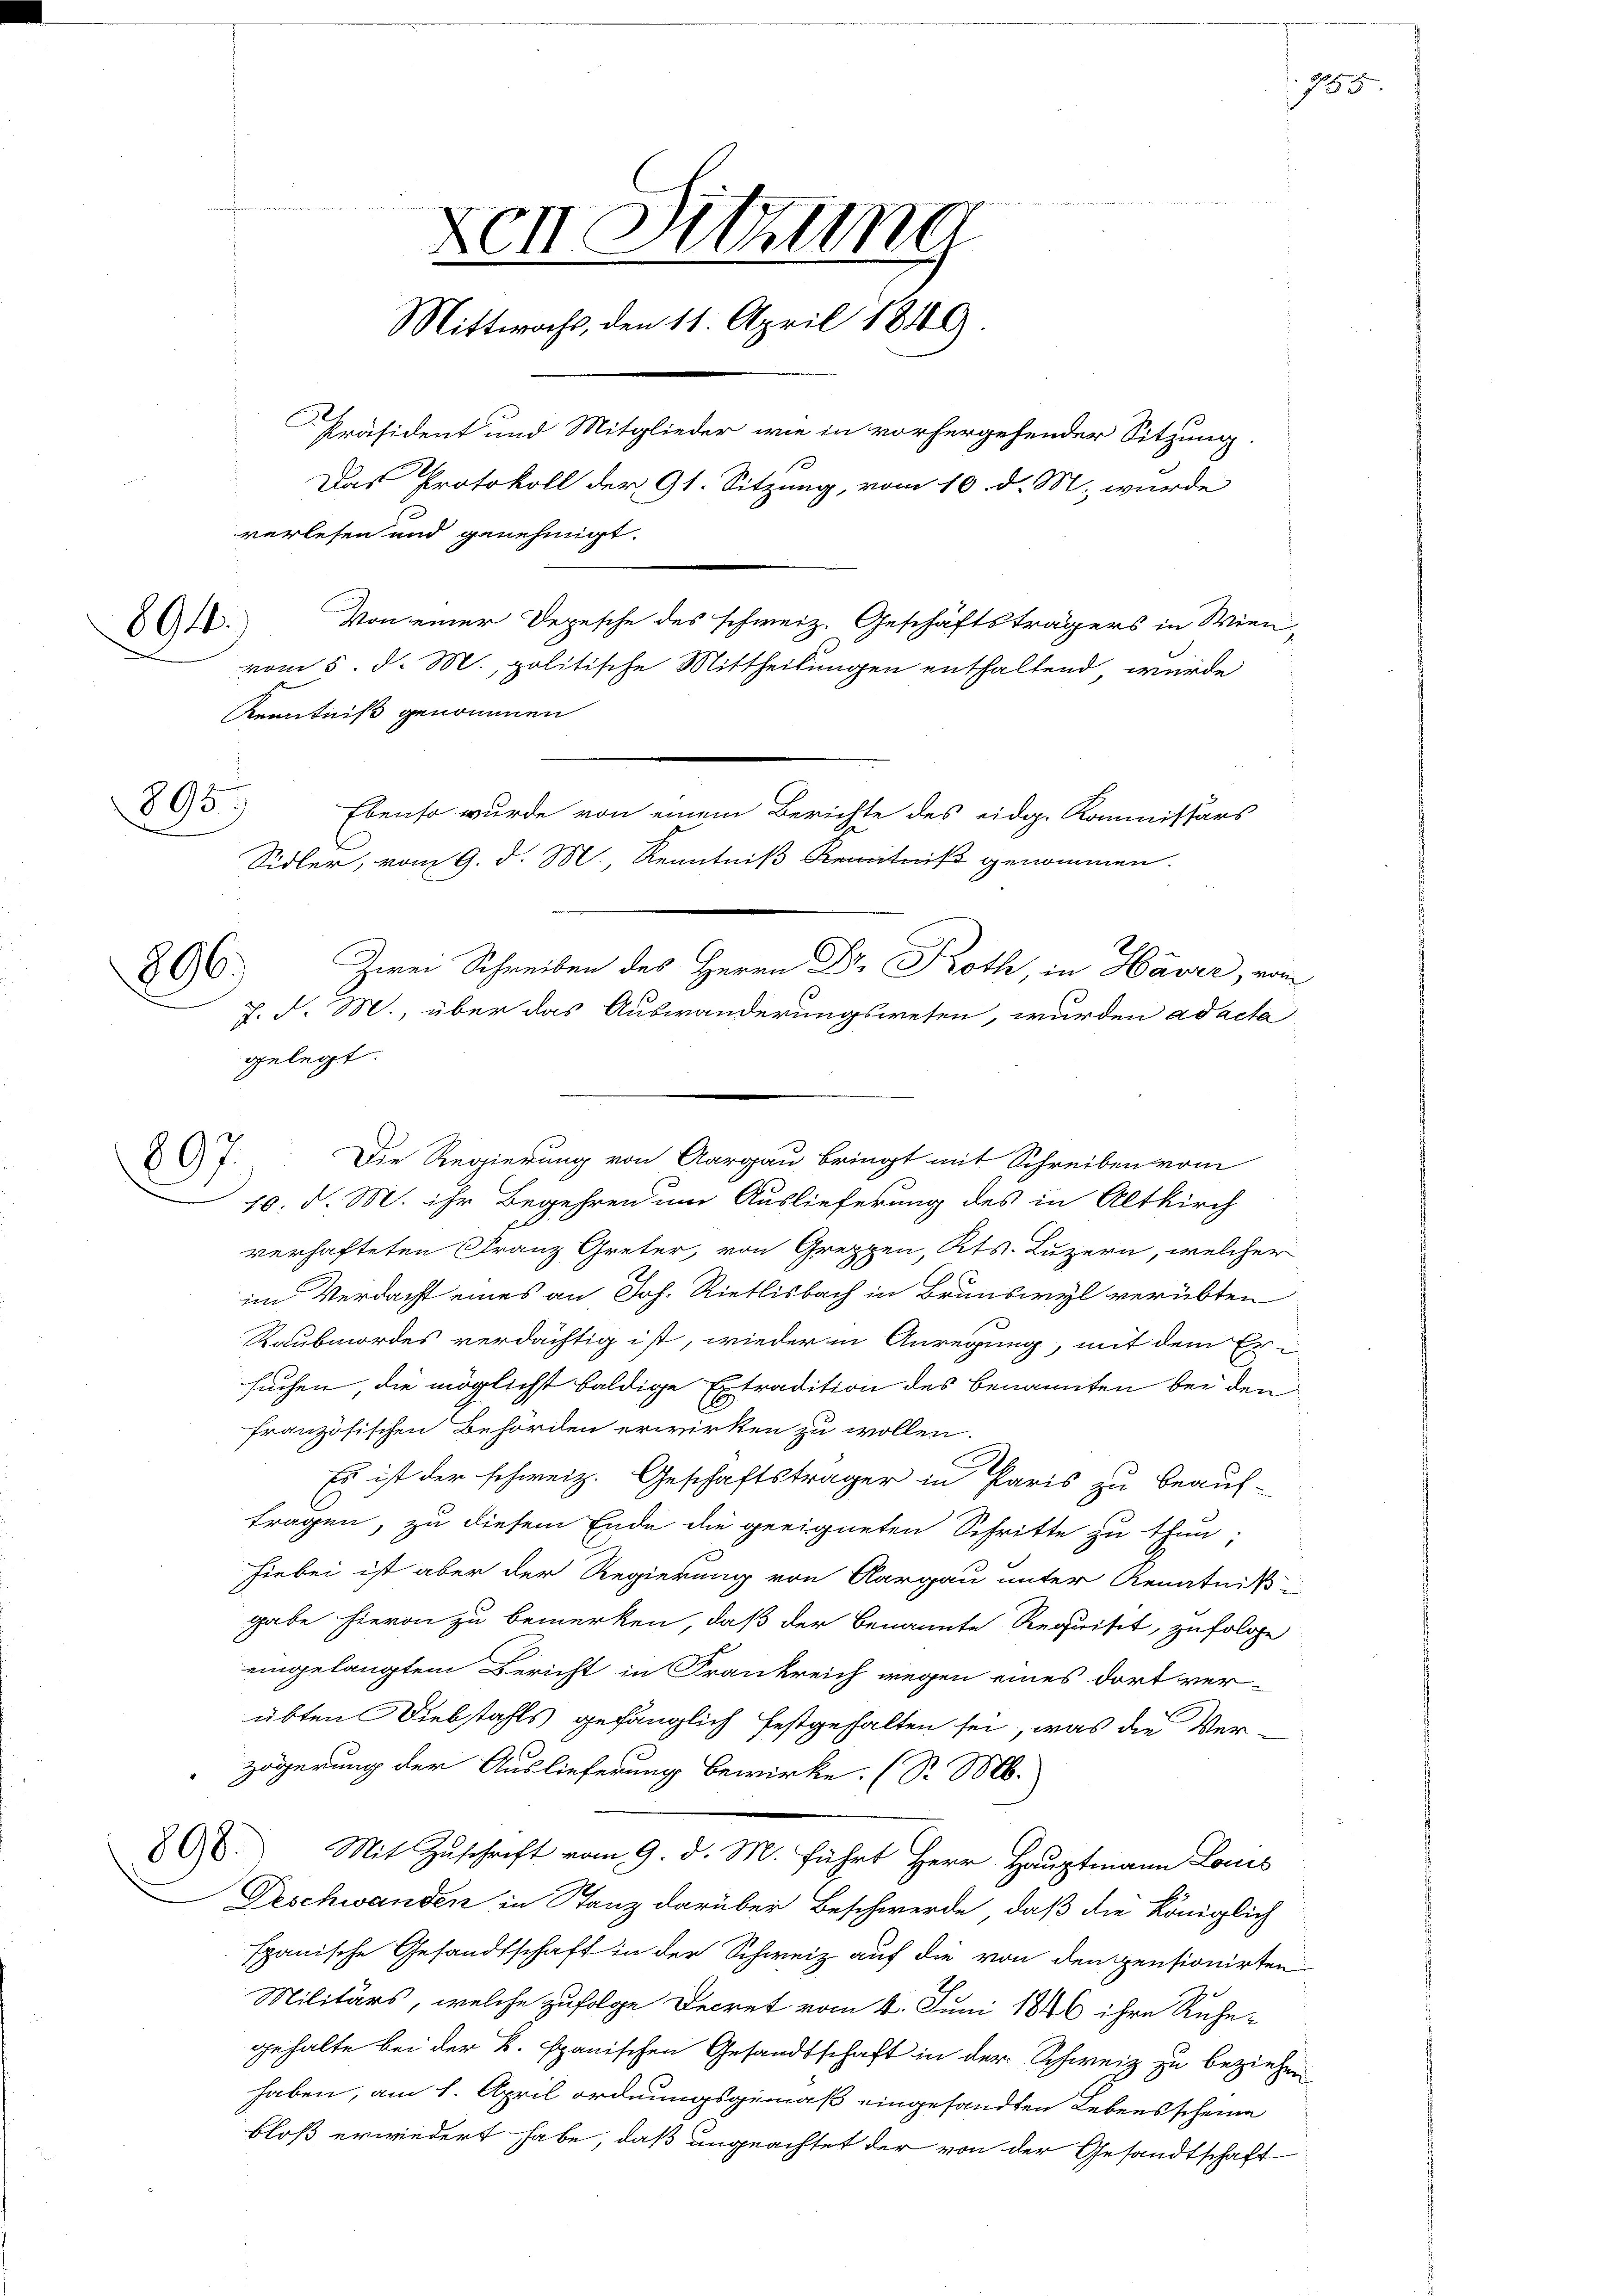
894.

895.

E

gelegt.
 7. Die Regierung von Aargau bringt mit Schreiben vom
10. d. M. ihr Begehren um Auslieferung des in Altkirch

896)

Kenntniß genommen

Den Sitzung
Mittwochs, den 11. April 1849
Präsident und Mitglieder wie in vorhergehender Sitzung.
Das Protokoll der 91. Sitzung, vom 10. d. M. wurde
verlesen und genehmigt.
Von einer Depesche des schweiz. Geschäftsträgers in Wien,
vom 5. d. M., politische Mittheilungen enthaltend würde

Ebenso wurde von einem Berichte des eidg. Kommissärs
Sidler, vom 9. d. M., Kenntniß Kenntniß genommen.
Zwei Schreiben des Herrn Dr. Roth, in Havre, vom
f. d. M., über das Auswanderungswesen, wurden ad acta

verhafteten Franz Greter, von Greppen, Kts. Luzern, welcher
im Verdacht eines an Joh. Rietlisbach in Brunswyl verübten
Raubmordes verdächtig ist, wieder in Anregung, mit dem Ersuchen, die möglichst baldige Extradition des benannten bei den
französischen Behörden erwirken zu wollen.
Es ist der schweiz. Geschäftsträger in Paris zu beauf-
tragen, zu diesem Ende die geeigneten Schritte zu thun;
hiebei ist aber der Regierung von Aargau unter Kenntniß-
gabe hievon zu bemerken, daß der benannte Requisit, zufolge
eingelangtem Bericht in Frankreich wegen eines dort verübten Diebstahls gefänglich festgehalten sei, was die Verzögerung der Auslieferung bewirke. (S. M.
80.) Mit Zuschrift vom 9. d. M. führt Herr Hauptmann Louis
Deschwanden in Tanz darüber Beschwerde, daß die Königlich
fpanische Gesandtschaft in der Schweiz auf die von den pensionirten
Militärs, welche zufolge Decret vom 4. Juni 1846 ihre Ruhe-
gehalte bei der K. spanischen Gesandtschaft in der Schweiz zu beziehen
haben, am 1. April ordnungsgemäß eingesandten Lebensscheine
bloß erwiedert habe, daß ungeachtet der von der Gesandtschaft

955.